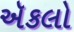
ઍકલો